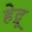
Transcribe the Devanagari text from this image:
हेद्रू